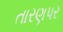
તારણપર